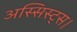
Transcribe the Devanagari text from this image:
अस्सिस्ट्स।